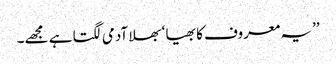
’’یہ معروف کا بھیا ‘ بھلا آدمی لگتا ہے مجھے۔